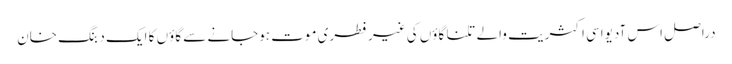
دراصل اس آدیواسی اکثریت والے تلنا گاؤں کی غیرفطری موت ہوجانے سے گاؤں کا ایک دبنگ خان